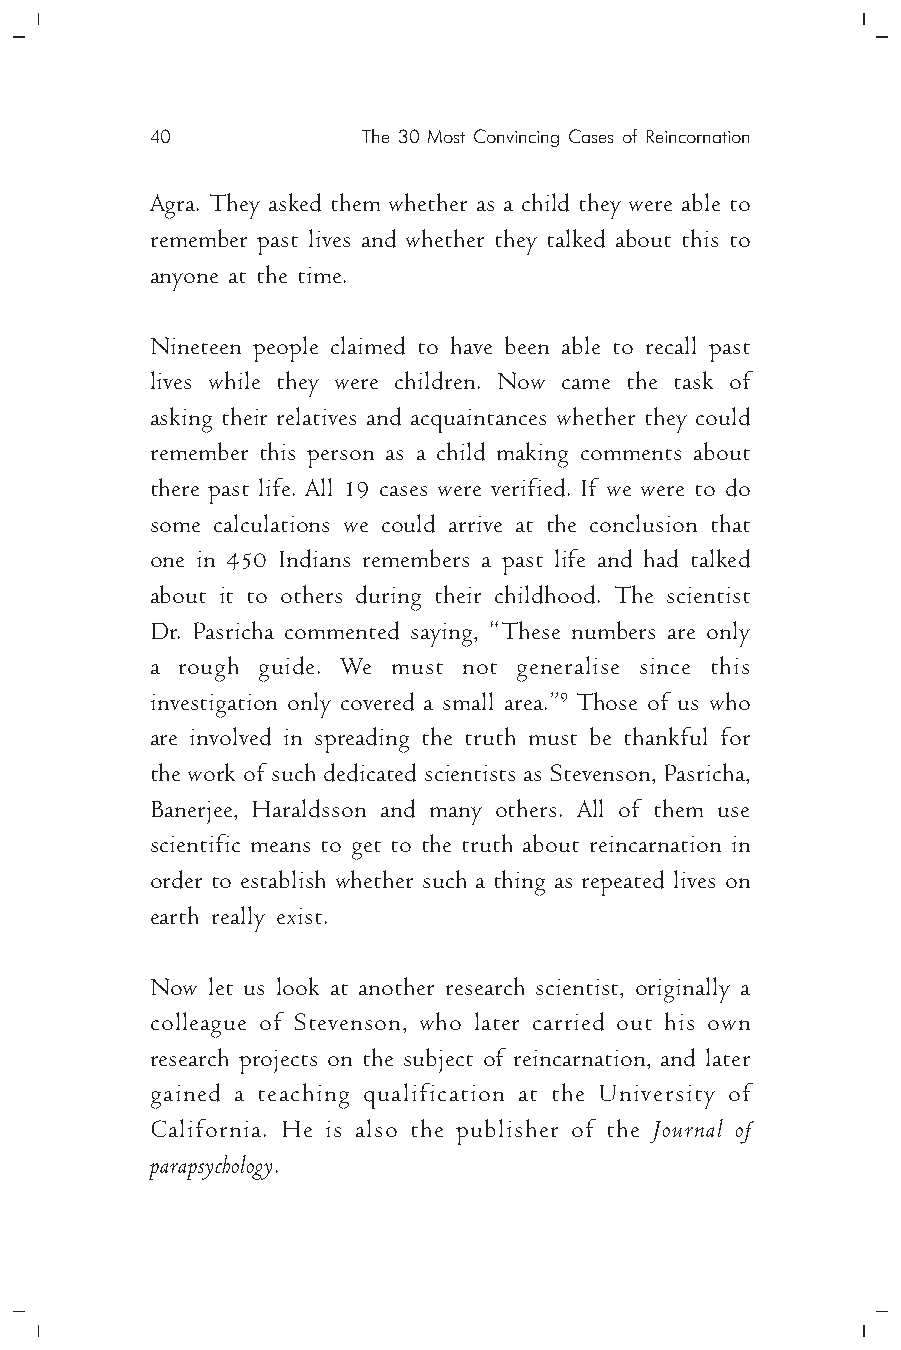
40            The 30 Most Convincing Cases of Reincornation
 Agra. They asked them whether as a child they were able to
 remember past lives and whether they talked about this to
 anyone at the time.
 Nineteen people claimed to have been able to recall past
 lives while they were children. Now came the task of
 asking their relatives and acquaintances whether they could
 remember this person as a child making comments about
 there past life. All 19 cases were verified. If we were to do
 some calculations we could arrive at the conclusion that
 one in 450 Indians remembers a past life and had talked
 about it to others during their childhood. The scientist
 Dr. Pasricha commented saying, “These numbers are only
 a rough guide. We must not generalise since this
 investigation only covered a small area.”9 Those of us who
 are involved in spreading the truth must be thankful for
 the work of such dedicated scientists as Stevenson, Pasricha,
 Banerjee, Haraldsson and many others. All of them use
 scientific means to get to the truth about reincarnation in
 order to establish whether such a thing as repeated lives on
 earth really exist.
 Now let us look at another research scientist, originally a
 colleague of Stevenson, who later carried out his own
 research projects on the subject of reincarnation, and later
 gained a teaching qualification at the University of
 California. He is also the publisher of the Journal of
 parapsychology.